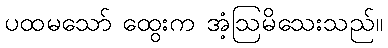
ပထမသော် ထွေးက အံ့ဩမိသေးသည်။